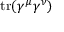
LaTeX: \operatorname { t r } ( \gamma ^ { \mu } \gamma ^ { \nu } )